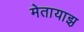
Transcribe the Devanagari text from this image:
मेतायाझ़